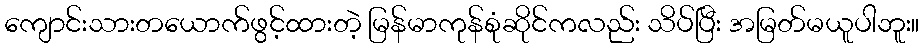
ကျောင်းသားတယောက်ဖွင့်ထားတဲ့ မြန်မာကုန်စုံဆိုင်ကလည်း သိပ်ပြီး အမြတ်မယူပါဘူး။